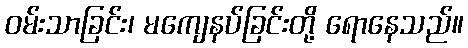
ဝမ်းသာခြင်း၊ မကျေနပ်ခြင်းတို့ ရောနေသည်။